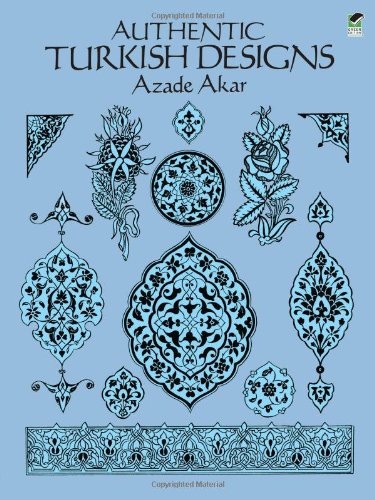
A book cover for Authentic Turkish Designs (Dover Pictorial Archive); Azade Akar; Arts & Photography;